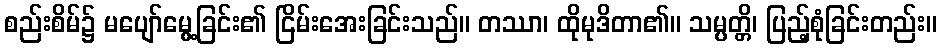
စည်းစိမ်၌ မပျော်မွေ့ခြင်း၏ ငြိမ်းအေးခြင်းသည်။ တဿာ၊ ထိုမုဒိတာ၏။ သမ္ပတ္တိ၊ ပြည့်စုံခြင်းတည်း။